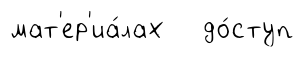
мат'ер'иа́лах до́ступ